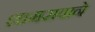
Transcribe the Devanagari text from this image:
शामरावाने